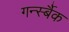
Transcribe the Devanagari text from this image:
गर्न्स्बैक